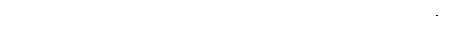
ဣတိ၊ ဤသို့။ ဣမေပိ၊ ဤထိန်ပင် အစရှိသော သစ်ပင်ကြီးတို့ သည်လည်း။ ကပ္ပဋ္ဌာယိနော ဧဝ